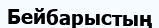
Бейбарыстың